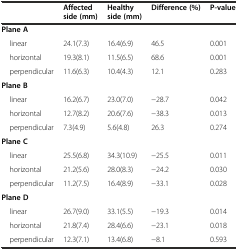
<table><thead><tr><td></td><td><b>Affected side (mm)</b></td><td><b>Healthy side (mm)</b></td><td><b>Difference (%)</b></td><td><b>P-value</b></td></tr></thead><tbody><tr><td><b>Plane A</b></td><td></td><td></td><td></td><td></td></tr><tr><td> linear</td><td>24.1(7.3)</td><td>16.4(6.9)</td><td>46.5</td><td>0.001</td></tr><tr><td> horizontal</td><td>19.3(8.1)</td><td>11.5(6.5)</td><td>68.6</td><td>0.001</td></tr><tr><td> perpendicular</td><td>11.6(6.3)</td><td>10.4(4.3)</td><td>12.1</td><td>0.283</td></tr><tr><td><b>Plane B</b></td><td></td><td></td><td></td><td></td></tr><tr><td> linear</td><td>16.2(6.7)</td><td>23.0(7.0)</td><td>−28.7</td><td>0.042</td></tr><tr><td> horizontal</td><td>12.7(8.2)</td><td>20.6(7.6)</td><td>−38.3</td><td>0.013</td></tr><tr><td> perpendicular</td><td>7.3(4.9)</td><td>5.6(4.8)</td><td>26.3</td><td>0.274</td></tr><tr><td><b>Plane C</b></td><td></td><td></td><td></td><td></td></tr><tr><td> linear</td><td>25.5(6.8)</td><td>34.3(10.9)</td><td>−25.5</td><td>0.011</td></tr><tr><td> horizontal</td><td>21.2(5.6)</td><td>28.0(8.3)</td><td>−24.2</td><td>0.030</td></tr><tr><td> perpendicular</td><td>11.2(7.5)</td><td>16.4(8.9)</td><td>−33.1</td><td>0.028</td></tr><tr><td><b>Plane D</b></td><td></td><td></td><td></td><td></td></tr><tr><td> linear</td><td>26.7(9.0)</td><td>33.1(5.5)</td><td>−19.3</td><td>0.014</td></tr><tr><td> horizontal</td><td>21.8(7.4)</td><td>28.4(6.6)</td><td>−23.1</td><td>0.018</td></tr><tr><td> perpendicular</td><td>12.3(7.1)</td><td>13.4(6.8)</td><td>−8.1</td><td>0.593</td></tr></tbody></table>